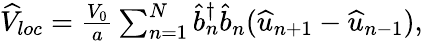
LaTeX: \begin{array}{r}{\widehat{V}_{loc}=\frac{V_{0}}{a}\sum_{n=1}^{N}\widehat{b}_{n}^{\dagger}\widehat{b}_{n}(\widehat{u}_{n+1}-\widehat{u}_{n-1}),}\end{array}